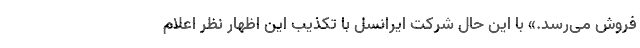
فروش می‌رسد.» با این حال شرکت ایرانسل با تکذیب این اظهار نظر اعلام